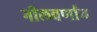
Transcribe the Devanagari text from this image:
नीलवर्णाय